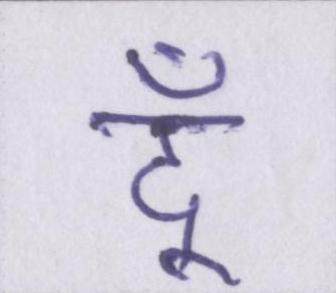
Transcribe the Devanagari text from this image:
दूँ